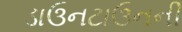
ડાઉનટાઉનની